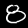
Digit: 8